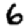
Digit: 6